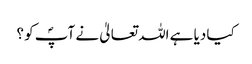
کیا دیا ہے اللہ تعالیٰ نے آپؐ کو ؟